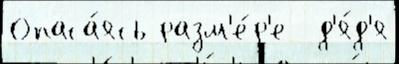
Опаса́ясь разм'е́р'е  д'я́д'я